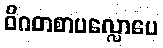
ဝိဂတစာပလ္လောပေ